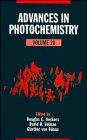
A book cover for Advances in Photochemistry (Volume 20); Science & Math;